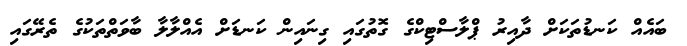
ބައެއް ކަނޑުތަކަށް ދާއިރު ޕްލާސްޓިކްގެ ގޮތުގައި ގިނައިން ކަނޑަށް އެއްލާލާ ބާވަތްތަކުގެ ތެރޭގައި